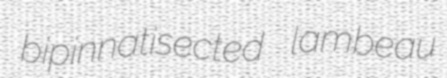
bipinnatisected lambeau